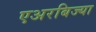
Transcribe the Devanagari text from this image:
एअरबिज्या